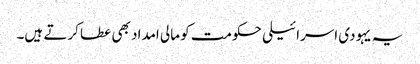
یہ یہودی اسرائیلی حکومت کو مالی امداد بھی عطا کرتے ہیں۔